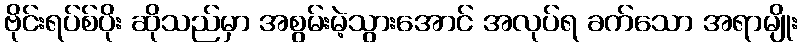
ဗိုင်းရပ်စ်ပိုး ဆိုသည်မှာ အစွမ်းမဲ့သွားအောင် အလုပ်ရ ခက်သော အရာမျိုး